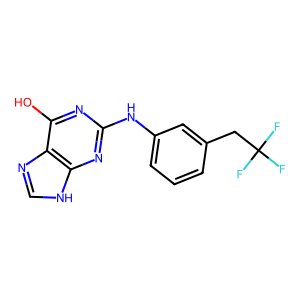
SMILES: Oc1nc(Nc2cccc(CC(F)(F)F)c2)nc2[nH]cnc12
Inhibits HIV replication: No